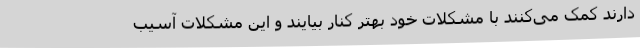
دارند کمک می‌کنند با مشکلات خود بهتر کنار بیایند و این مشکلات آسیب